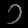
Digit: ၁